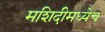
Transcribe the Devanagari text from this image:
मशिदीमध्येच